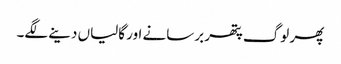
پھر لوگ پتھر برسانے اور گالیاں دینے لگے۔